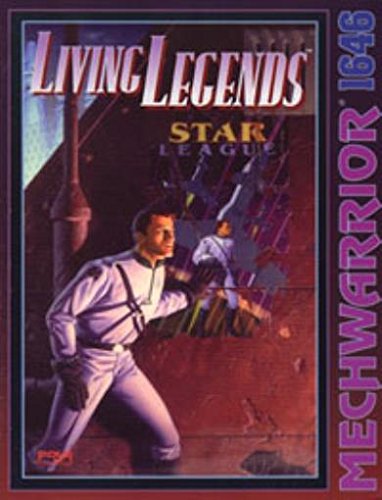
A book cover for Living Legends: Star League (Battletech/Mechwarrior); Sports & Outdoors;